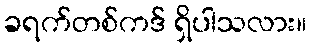
ခရက်တစ်ကဒ် ရှိပါသလား။